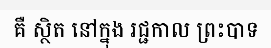
គឺ ស្ថិត នៅក្នុង រជ្ជកាល ព្រះបាទ